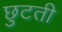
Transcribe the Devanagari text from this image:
छुटती